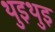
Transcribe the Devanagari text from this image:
थुइथुइ